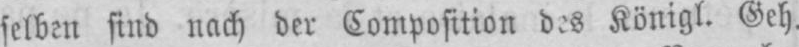
Königl. Geh.